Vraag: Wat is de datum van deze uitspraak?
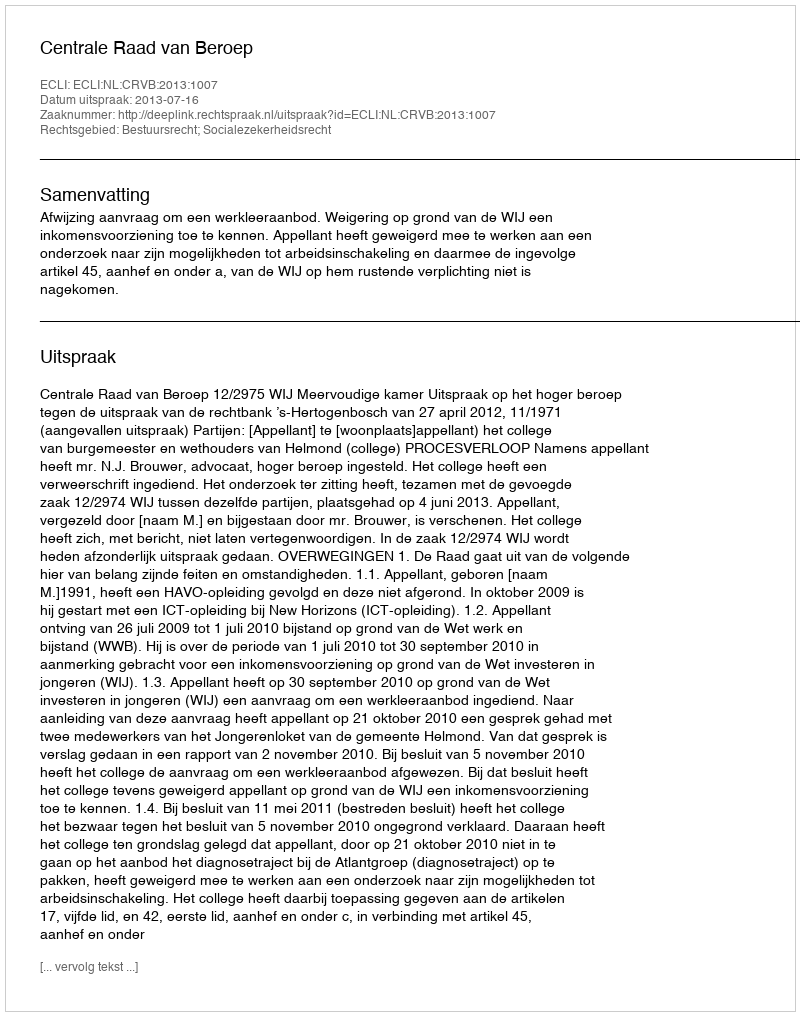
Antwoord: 2013-07-16